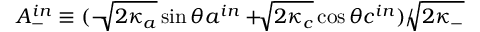
A _ { - } ^ { i n } \equiv ( - \sqrt [ ] { 2 \kappa _ { a } } \sin \theta a ^ { i n } + \sqrt [ ] { 2 \kappa _ { c } } \cos \theta c ^ { i n } ) / \sqrt [ ] { 2 \kappa _ { - } }